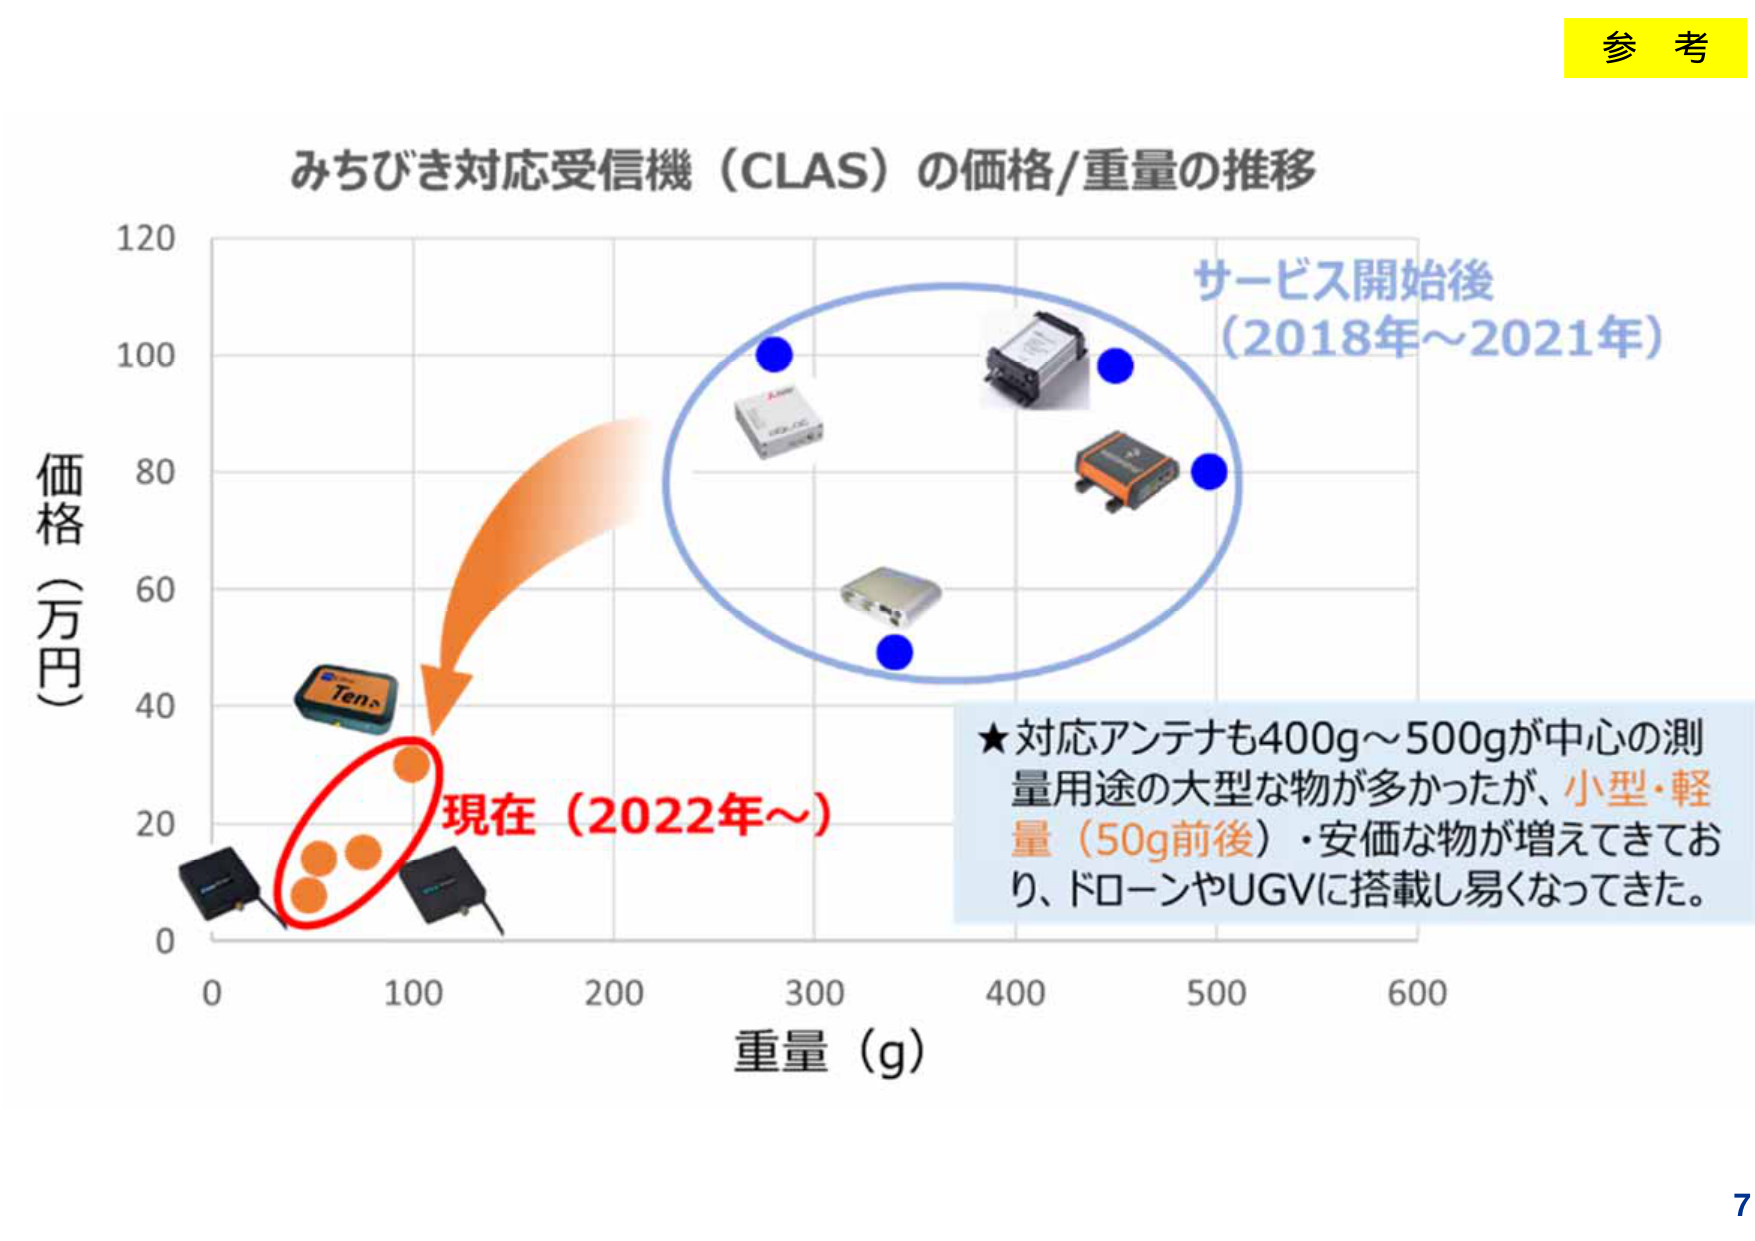
参考

みちびき対応受信機（CLAS）の価格/重量の推移

価格（万円）
120
100
80
60
40
20
0

重量（g）
0
100
200
300
400
500
600

サービス開始後
（2018年～2021年）

★対応アンテナも400g～500gが中心の測量用途の大型な物が多かったが、小型・軽量（50g前後）・安価な物が増えてきており、ドローンやUGVに搭載し易くなってきた。

現在（2022年～）

Tena

7